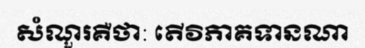
សំណួរគឺថា: តើវិភាគទានណា